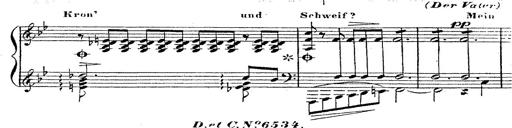
Title: 12 Lieder von Franz Schubert
Composer: Franz Liszt